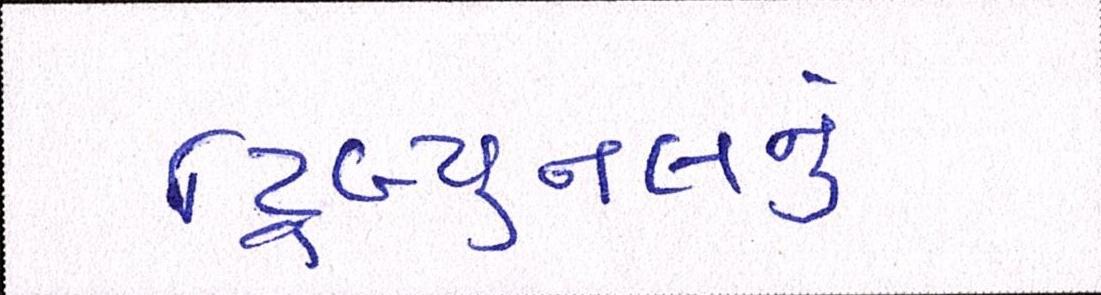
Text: ટ્રિબ્યુનલનું